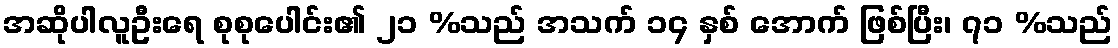
အဆိုပါလူဦးရေ စုစုပေါင်း၏ ၂၁ %သည် အသက် ၁၄ နှစ် အောက် ဖြစ်ပြီး၊ ၇၁ %သည်